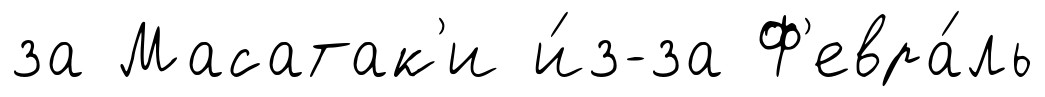
за Масатак'и и́з-за Ф'евра́ль